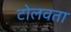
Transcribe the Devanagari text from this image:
टोलवता